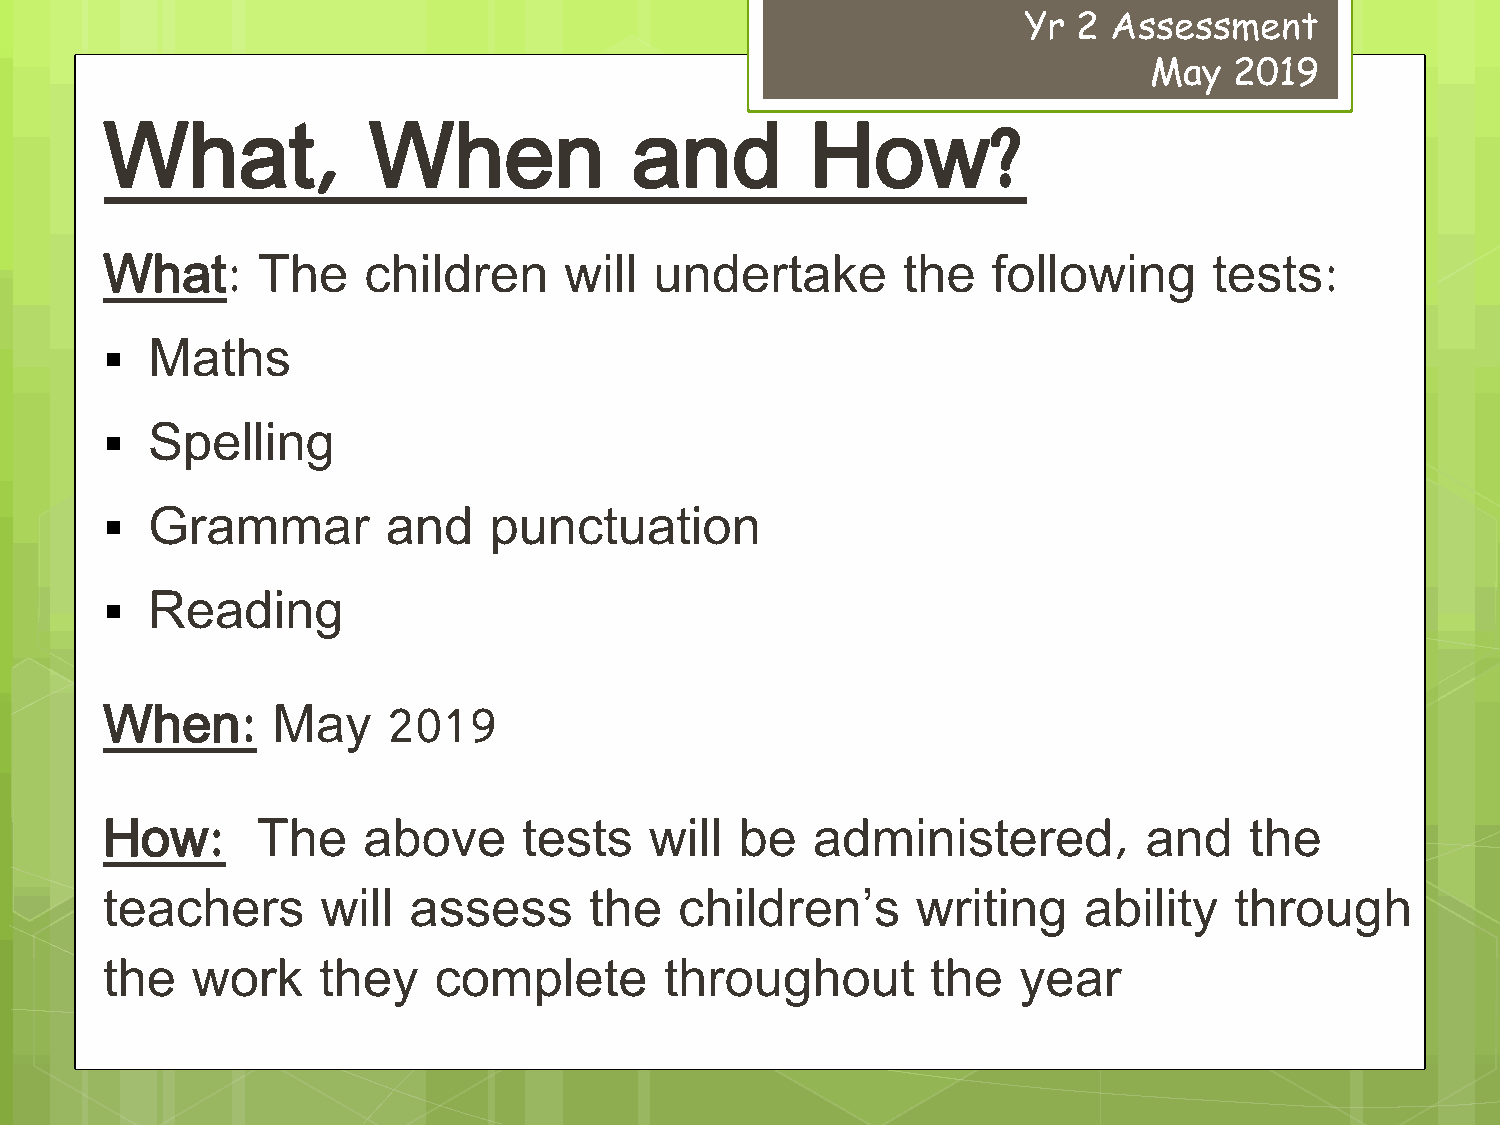
Yr 2  Assessment
 May   2019
 What,            When              and         How?
 What:     The    children     will  undertake        the   following     tests:
 Maths
 
 Spelling
 
 Grammar         and   punctuation
 
 Reading
 
 When:      May     2019
 How:      The    above      tests   will  be   administered,         and    the
 teachers      will  assess      the   children’s      writing    ability   through
 the   work    they    complete       throughout        the  year